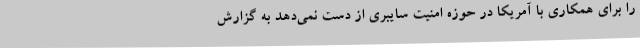
را برای همکاری با آمریکا در حوزه امنیت سایبری از دست نمی‌دهد به گزارش